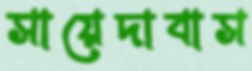
সায়েদাবাস